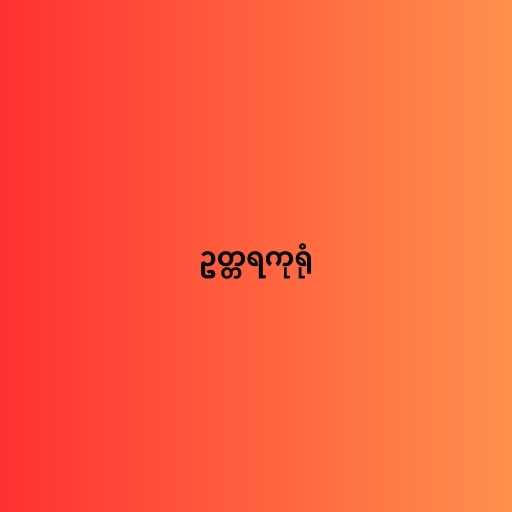
ဥတ္တရကုရုံ